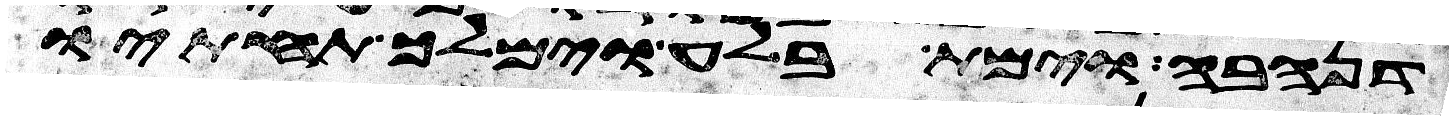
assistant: דנהבה וימת בלע וימלך תחתיו